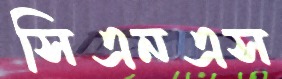
সিএনএস